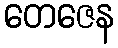
တေဇေန